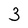
Character: 3